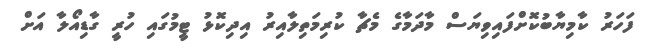
ފަހަރު ކާމިޔާބުކޮށްފައިވިޔަސް މާދަމާގެ މެޗާ ކުރިމަތިލާއިރު އިދިކޮޅު ޓީމުގައި ހުރީ ގާޑިއޯލާ އަށް